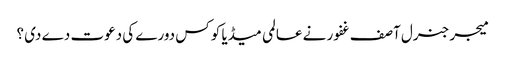
میجر جنرل آصف غفور نے عالمی میڈیا کو کس دورے کی دعوت دے دی ؟